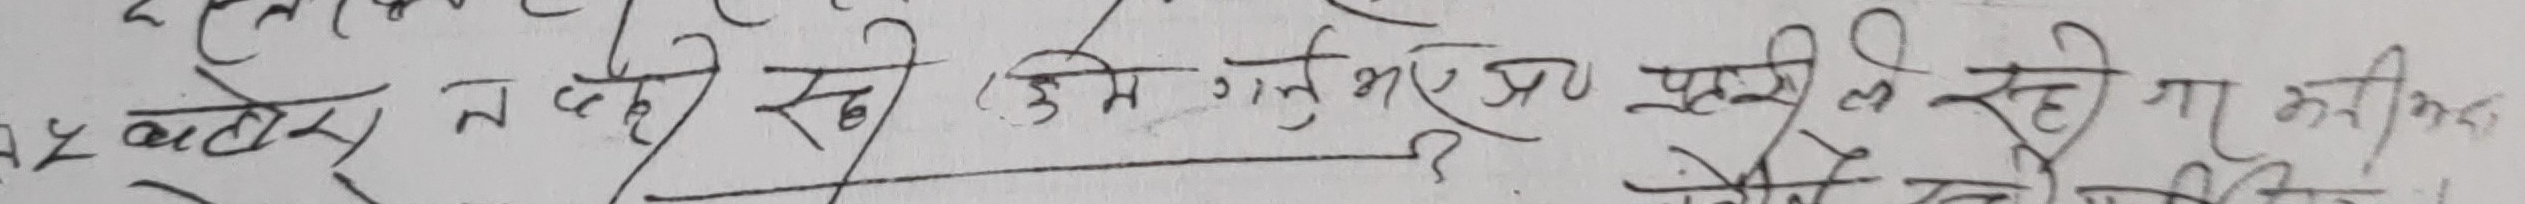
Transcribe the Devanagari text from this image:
५२ बाटोस नदिएको ठिकै कि गुमभइएला पुतली रही जा भरिसक